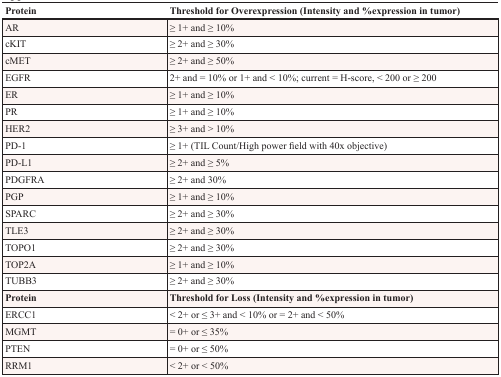
<table><thead><tr><td><b>Protein</b></td><td><b>Threshold for Overexpression (Intensity and %expression in tumor)</b></td></tr></thead><tbody><tr><td>AR</td><td>≥ 1+ and ≥ 10%</td></tr><tr><td>cKIT</td><td>≥ 2+ and ≥ 30%</td></tr><tr><td>cMET</td><td>≥ 2+ and ≥ 50%</td></tr><tr><td>EGFR</td><td>2+ and = 10% or 1+ and &lt; 10%; current = H-score, &lt; 200 or ≥ 200</td></tr><tr><td>ER</td><td>≥ 1+ and ≥ 10%</td></tr><tr><td>PR</td><td>≥ 1+ and ≥ 10%</td></tr><tr><td>HER2</td><td>≥ 3+ and &gt; 10%</td></tr><tr><td>PD-1</td><td>≥ 1+ (TIL Count/High power field with 40x objective)</td></tr><tr><td>PD-L1</td><td>≥ 2+ and ≥ 5%</td></tr><tr><td>PDGFRA</td><td>≥ 2+ and 30%</td></tr><tr><td>PGP</td><td>≥ 1+ and ≥ 10%</td></tr><tr><td>SPARC</td><td>≥ 2+ and ≥ 30%</td></tr><tr><td>TLE3</td><td>≥ 2+ and ≥ 30%</td></tr><tr><td>TOPO1</td><td>≥ 2+ and ≥ 30%</td></tr><tr><td>TOP2A</td><td>≥ 1+ and ≥ 10%</td></tr><tr><td>TUBB3</td><td>≥ 2+ and ≥ 30%</td></tr><tr><td><b>Protein</b></td><td><b>Threshold for Loss (Intensity and %expression in tumor)</b></td></tr><tr><td>ERCC1</td><td>&lt; 2+ or ≤ 3+ and &lt; 10% or = 2+ and &lt; 50%</td></tr><tr><td>MGMT</td><td>= 0+ or ≤ 35%</td></tr><tr><td>PTEN</td><td>= 0+ or ≤ 50%</td></tr><tr><td>RRM1</td><td>&lt; 2+ or &lt; 50%</td></tr></tbody></table>